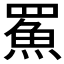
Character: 𩶊